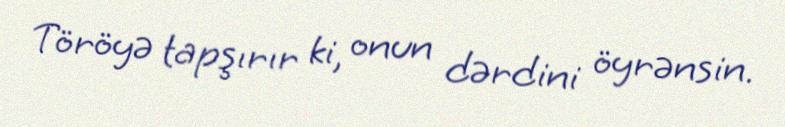
Töröyə tapşırır ki, onun dərdini öyrənsin.